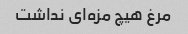
مرغ هیچ مزه‌ای نداشت